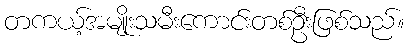
တကယ့်အမျိုးသမီးကောင်းတစ်ဦးဖြစ်သည်။